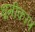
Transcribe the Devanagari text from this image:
धूमीकरण